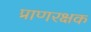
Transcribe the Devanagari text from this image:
प्राणरक्षक